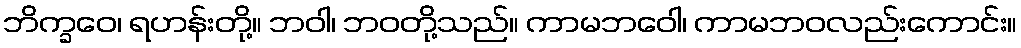
ဘိက္ခဝေ၊ ရဟန်းတို့။ ဘဝါ၊ ဘဝတို့သည်။ ကာမဘဝေါ၊ ကာမဘဝလည်းကောင်း။